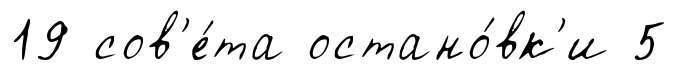
19 сов'е́та остано́вк'и 5